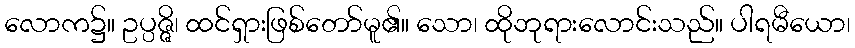
လောက၌။ ဥပ္ပဇ္ဇိ၊ ထင်ရှားဖြစ်တော်မူ၏။ သော၊ ထိုဘုရားလောင်းသည်။ ပါရမီယော၊